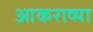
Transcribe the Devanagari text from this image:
आकराव्या